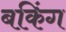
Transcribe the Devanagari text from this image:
बकिंग